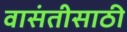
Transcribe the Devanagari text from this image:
वासंतीसाठी